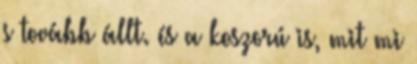
s tovább állt. és a koszorú is, mit mi